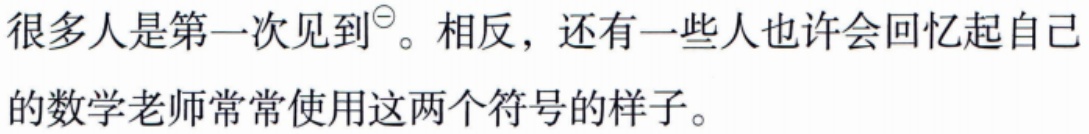
很多人是第一次见到\(^{\ominus}\)。相反，还有一些人也许会回忆起自己的数学老师常常使用这两个符号的样子。